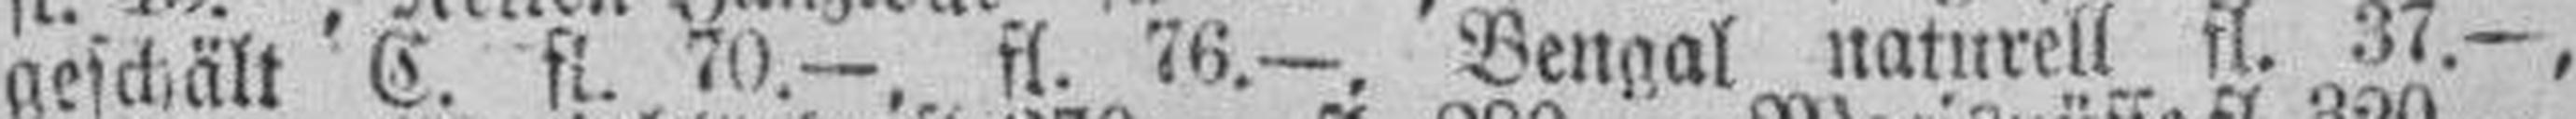
geschält C. fl. 70.—, fl. 76.—. Bengal naturell fl. 37.—,